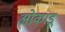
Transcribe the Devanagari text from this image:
ओकाडू